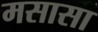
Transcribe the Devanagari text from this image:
मसासा